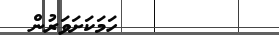
٦٤        ހަމަކަށަވަރުން